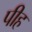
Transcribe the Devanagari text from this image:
पीह